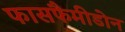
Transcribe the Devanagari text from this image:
फासफैमीडोन